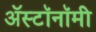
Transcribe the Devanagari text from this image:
ॲस्टॉनॉमी